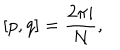
[ p , q ] = \frac { 2 \pi i } { N } ,